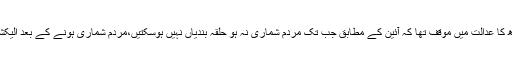
دوران سماعت الیکشن کمیشن سندھ کا عدالت میں موقف تھا کہ آئین کے مطابق جب تک مردم شماری نہ ہو حلقہ بندیاں نہیں ہوسکتیں،مردم شماری ہونے کے بعد الیکشن کمیشن حلقہ بندیاں کرسکتا ہے۔